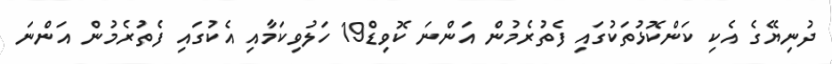
ދުނިޔޭގެ އެކި ކަންކޮޅުތަކުގައި ފެތުރެމުން އަންނަ ކޮވިޑް19 ހަލުވިކަމާއި އެކުގައި ފެތުރެމުން އަންނަ